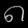
Digit: ၈